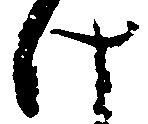
け